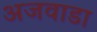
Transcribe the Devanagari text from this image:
अजवाडा